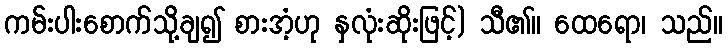
ကမ်းပါးစောက်သို့ချ၍ စားအံ့ဟု နှလုံးဆိုးဖြင့်) သီ၏။ ထေရော၊ သည်။